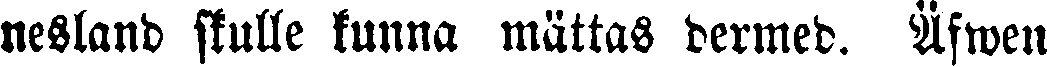
nesland skulle kunna mättas dermed. Äfwen